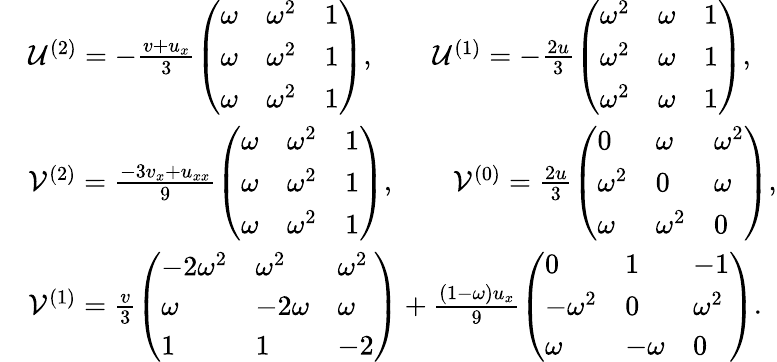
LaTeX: \begin{array}{rl}&{\mathcal{U}^{(2)}=-\frac{v+u_{x}}{3}\left(\begin{array}{lll}{\omega}&{\omega^{2}}&{1}\\ {\omega}&{\omega^{2}}&{1}\\ {\omega}&{\omega^{2}}&{1}\end{array}\right),\qquad\mathcal{U}^{(1)}=-\frac{2u}{3}\left(\begin{array}{lll}{\omega^{2}}&{\omega}&{1}\\ {\omega^{2}}&{\omega}&{1}\\ {\omega^{2}}&{\omega}&{1}\end{array}\right),}\\ &{\mathcal{V}^{(2)}=\frac{-3v_{x}+u_{xx}}{9}\left(\begin{array}{lll}{\omega}&{\omega^{2}}&{1}\\ {\omega}&{\omega^{2}}&{1}\\ {\omega}&{\omega^{2}}&{1}\end{array}\right),\qquad\mathcal{V}^{(0)}=\frac{2u}{3}\left(\begin{array}{lll}{0}&{\omega}&{\omega^{2}}\\ {\omega^{2}}&{0}&{\omega}\\ {\omega}&{\omega^{2}}&{0}\end{array}\right),}\\ &{\mathcal{V}^{(1)}=\frac{v}{3}\left(\begin{array}{lll}{-2\omega^{2}}&{\omega^{2}}&{\omega^{2}}\\ {\omega}&{-2\omega}&{\omega}\\ {1}&{1}&{-2}\end{array}\right)+\frac{(1-\omega)u_{x}}{9}\left(\begin{array}{lll}{0}&{1}&{-1}\\ {-\omega^{2}}&{0}&{\omega^{2}}\\ {\omega}&{-\omega}&{0}\end{array}\right).}\end{array}